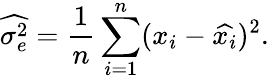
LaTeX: {\widehat{\sigma_{e}^{2}}}={\frac{1}{n}}\sum_{i=1}^{n}(x_{i}-{\widehat{x_{i}}})^{2}.